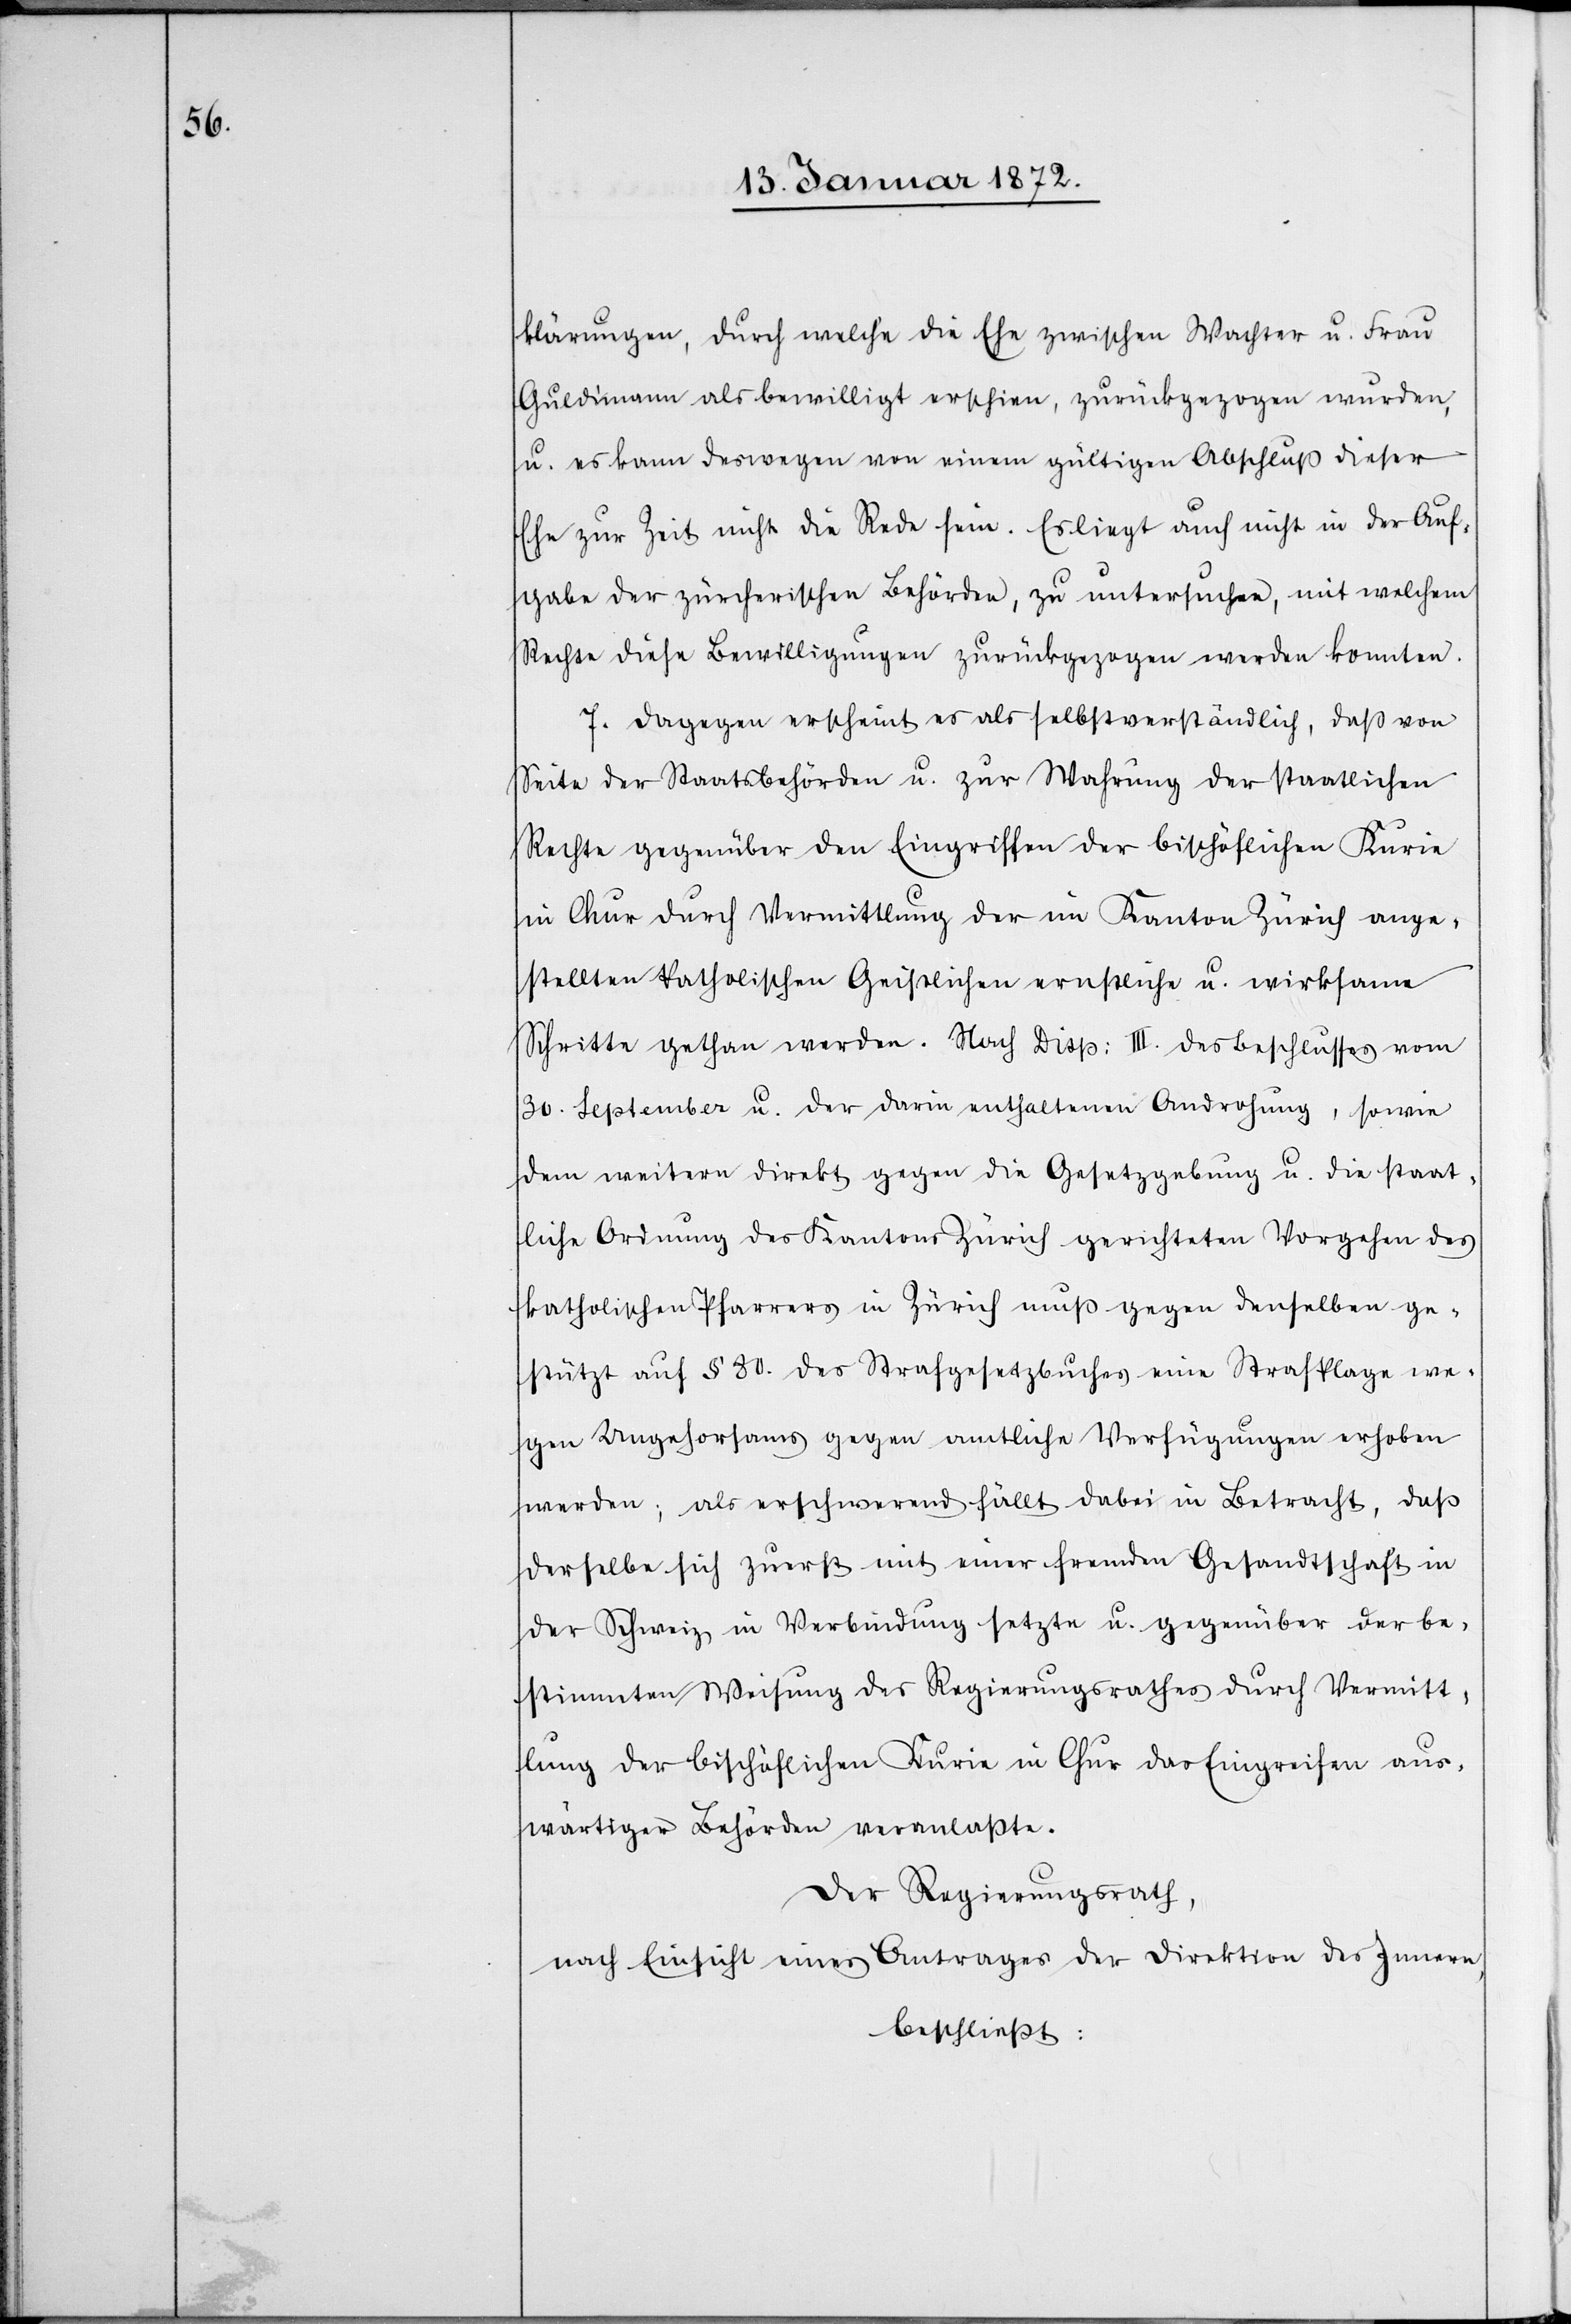
klärungen, durch welche die Ehe zwischen Wachter u. Frau
Guldimann als bewilligt erschien, zurückgezogen wurden,
u. es kann deswegen von einem gültigen Abschluß dieser
Ehe zur Zeit nicht die Rede sein. Es liegt auch nicht in der Auf¬
gabe der zürcherischen Behörden, zu untersuchen, mit welchem
Rechte diese Bewilligungen zurückgezogen werden konnten.
7. Dagegen erscheint es als selbstverständlich, daß von
Seite der Staatsbehörden u. zur Wahrung der staatlichen
Rechte gegenüber den Eingriffen der bischöflichen Kurie
in Chur durch Vermittlung der im Kanton Zürich ange¬
stellten katholischen Geistlichen ernstliche u. wirksame
Schritte gethan werden. Nach Disp: III. des Beschlusses vom
30. September u. der darin enthaltenen Androhung, sowie
dem weitern direkt gegen die Gesetzgebung u. die staat¬
liche Ordnung des Kantons Zürich gerichteten Vorgehen des
katholischen Pfarrers in Zürich muß gegen denselben ge¬
stützt auf § 80. des Strafgesetzbuches eine Strafklage we¬
gen Ungehorsams gegen amtliche Verfügungen erhoben
werden; als erschwerend fällt dabei in Betracht, daß
derselbe sich zuerst mit einer fremden Gesandtschaft in
der Schweiz in Verbindung setzte u. gegenüber der be¬
stimmten Weisung des Regierungsrathes durch Vermitt¬
lung der bischöflichen Kurie in Chur das Eingreifen aus¬
wärtiger Behörden veranlaßte.
Der Regierungsrath,
nach Einsicht eines Antrages der Direktion des Innern,
beschließt: